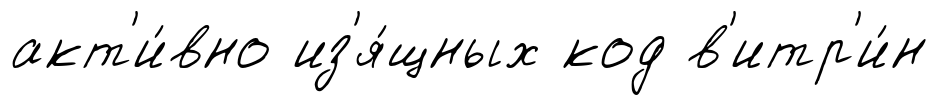
акт'и́вно из'я́щных код в'итр'и́н